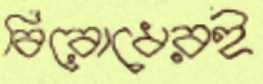
বিরোধেরই